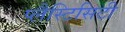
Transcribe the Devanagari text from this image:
प्लैस्टिसिटी